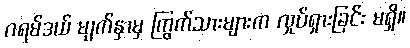
ဂရမ်ဒယ် မျက်နှာမှ ကြွက်သားများက လှုပ်ရှားခြင်း မရှိ။